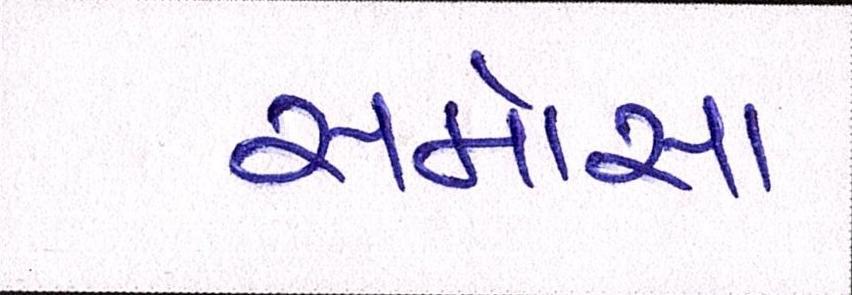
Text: સમોસા